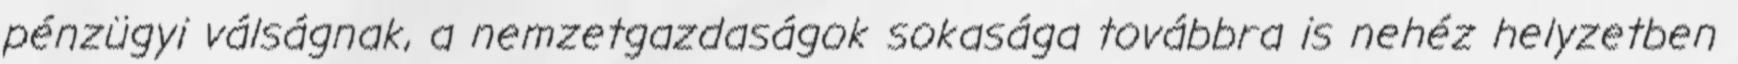
pénzügyi válságnak, a nemzetgazdaságok sokasága továbbra is nehéz helyzetben